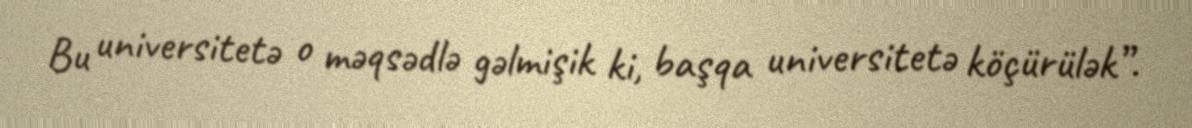
Bu universitetə o məqsədlə gəlmişik ki, başqa universitetə köçürülək”.